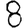
Digit: 8